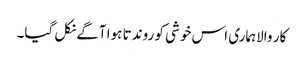
کار والاہماری اس خوشی کو روندتا ہوا آگے نکل گیا۔